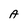
Character: A